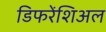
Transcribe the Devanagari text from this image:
डिफरेंशिअल